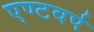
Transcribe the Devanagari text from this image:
एण्टवर्प